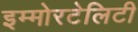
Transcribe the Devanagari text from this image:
इम्मोरटेलिटी